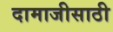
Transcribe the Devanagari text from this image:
दामाजीसाठी